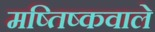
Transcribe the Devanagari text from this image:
मष्तिष्कवाले